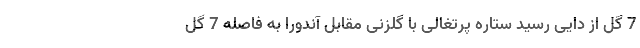
7 گل از دایی رسید ستاره پرتغالی با گلزنی مقابل آندورا به فاصله 7 گل